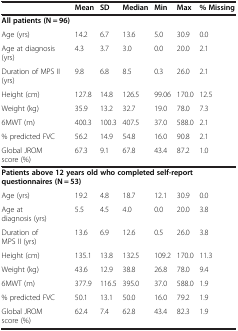
|  | Mean | SD | Median | Min | Max | % Missing |
 | --- | --- | --- | --- | --- | --- | --- |
 | <COLSPAN=7> All patients (N = 96) |
 | Age (yrs) | 14.2 | 6.7 | 13.6 | 5.0 | 30.9 | 0.0 |
 | Age at diagnosis (yrs) | 4.3 | 3.7 | 3.0 | 0.0 | 20.0 | 2.1 |
 | Duration of MPS II (yrs) | 9.8 | 6.8 | 8.5 | 0.3 | 26.0 | 2.1 |
 | Height (cm) | 127.8 | 14.8 | 126.5 | 99.06 | 170.0 | 12.5 |
 | Weight (kg) | 35.9 | 13.2 | 32.7 | 19.0 | 78.0 | 7.3 |
 | 6MWT (m) | 400.3 | 100.3 | 407.5 | 37.0 | 588.0 | 2.1 |
 | % predicted FVC | 56.2 | 14.9 | 54.8 | 16.0 | 90.8 | 2.1 |
 | Global JROM score (%) | 67.3 | 9.1 | 67.8 | 43.4 | 87.2 | 1.0 |
 | <COLSPAN=7> Patients above 12 years old who completed self-report questionnaires (N = 53) |
 | Age (yrs) | 19.2 | 4.8 | 18.7 | 12.1 | 30.9 | 0.0 |
 | Age at diagnosis (yrs) | 5.5 | 4.5 | 4.0 | 0.0 | 20.0 | 3.8 |
 | Duration of MPS II (yrs) | 13.6 | 6.9 | 12.6 | 0.5 | 26.0 | 3.8 |
 | Height (cm) | 135.1 | 13.8 | 132.5 | 109.2 | 170.0 | 11.3 |
 | Weight (kg) | 43.6 | 12.9 | 38.8 | 26.8 | 78.0 | 9.4 |
 | 6MWT (m) | 377.9 | 116.5 | 395.0 | 37.0 | 588.0 | 1.9 |
 | % predicted FVC | 50.1 | 13.1 | 50.0 | 16.0 | 79.2 | 1.9 |
 | Global JROM score (%) | 62.4 | 7.4 | 62.8 | 43.4 | 82.3 | 1.9 |